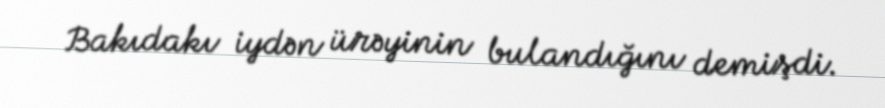
Bakıdakı iydən ürəyinin bulandığını demişdi.